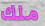
ملك